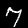
Label: 7